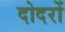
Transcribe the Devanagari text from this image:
दोदरों